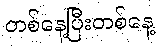
တစ်နေ့ပြီးတစ်နေ့